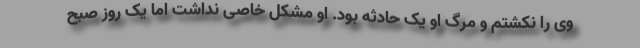
وی را نکشتم و مرگ او یک حادثه بود. او مشکل خاصی نداشت اما یک روز صبح